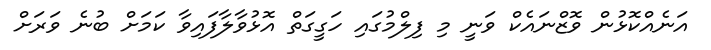
އަނެއްކޮޅުން ވޮޒްނައެކް ވަނީ މި ފިލްމުގައި ހަގީގަތް އޮޅުވާލާފައިވާ ކަމަށް ބުނެ ވަރަށް